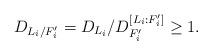
LaTeX: \begin{align*} D_{L_i/F'_i}=D_{L_i}/D_{F'_i}^{[L_i:F'_i]}\geq 1.\end{align*}